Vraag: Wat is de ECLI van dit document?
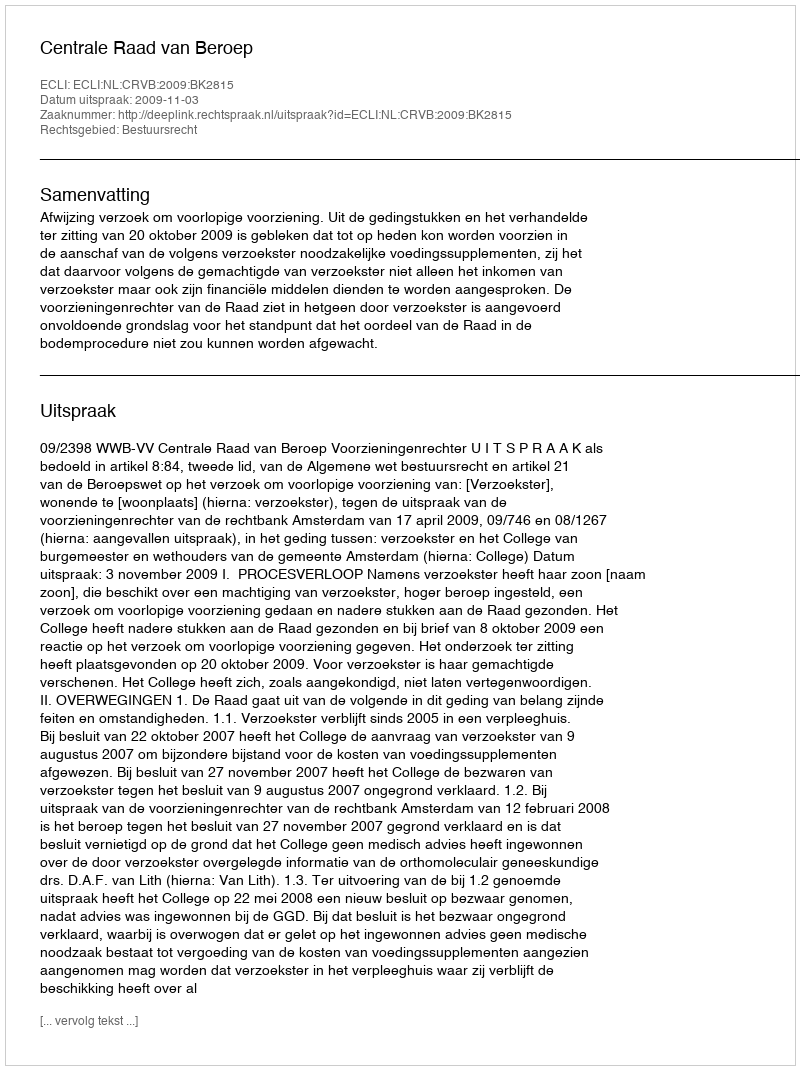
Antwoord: ECLI:NL:CRVB:2009:BK2815